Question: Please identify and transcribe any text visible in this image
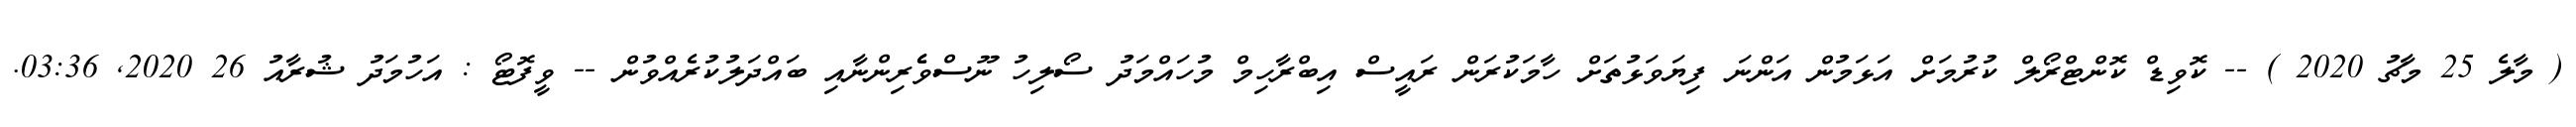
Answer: ( މާލެ 25 މާޗު 2020 ) -- ކޮވިޑް ކޮންޓްރޯލް ކުރުމަށް އަޅަމުން އަންނަ ފިޔަވަޅުތަށް ހާމަކުރަން ރައީސް އިބްރާހިމް މުހައްމަދު ސޯލިހު ނޫސްވެެރިންނާއި ބައްދަލުކުރެއްވުން -- ވީފޮޓޯ : އަހުމަދު ޝުރާއު 26 2020, 03:36.